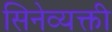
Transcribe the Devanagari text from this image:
सिनेव्यक्ती